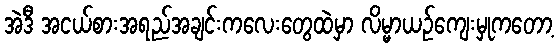
အဲဒီ အငယ်စားအရည်အချင်းကလေးတွေထဲမှာ လိမ္မာယဉ်ကျေးမှုကတော့